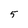
Character: 5